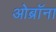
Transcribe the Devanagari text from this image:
ओब्रॉना